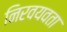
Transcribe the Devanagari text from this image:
निरवयवता